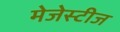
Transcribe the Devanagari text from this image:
मेजेस्टीज